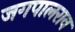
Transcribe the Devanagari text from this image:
जगपालराव